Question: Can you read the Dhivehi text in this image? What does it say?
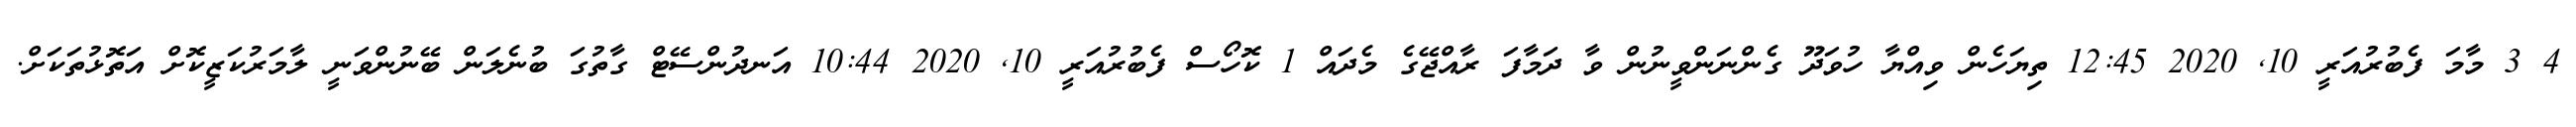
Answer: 4 3 މާމަ ފެބުރުއަރީ 10, 2020 12:45 ތިޔަހެން ވިއްޔާ ހުވަދޫ ގެންނަންވީނުން ވާ ދަމާފަ ރާއްޖޭގެ މެދައް 1 ކޮހޯސް ފެބުރުއަރީ 10, 2020 10:44 އަނދުންސޭޓް ގާތުގަ ބުނެލަން ބޭނުންވަނީ ލާމަރުކަޒީކޮށް އަތޮޅުތަކަށް.